Laidoner,_Johan, lk 61
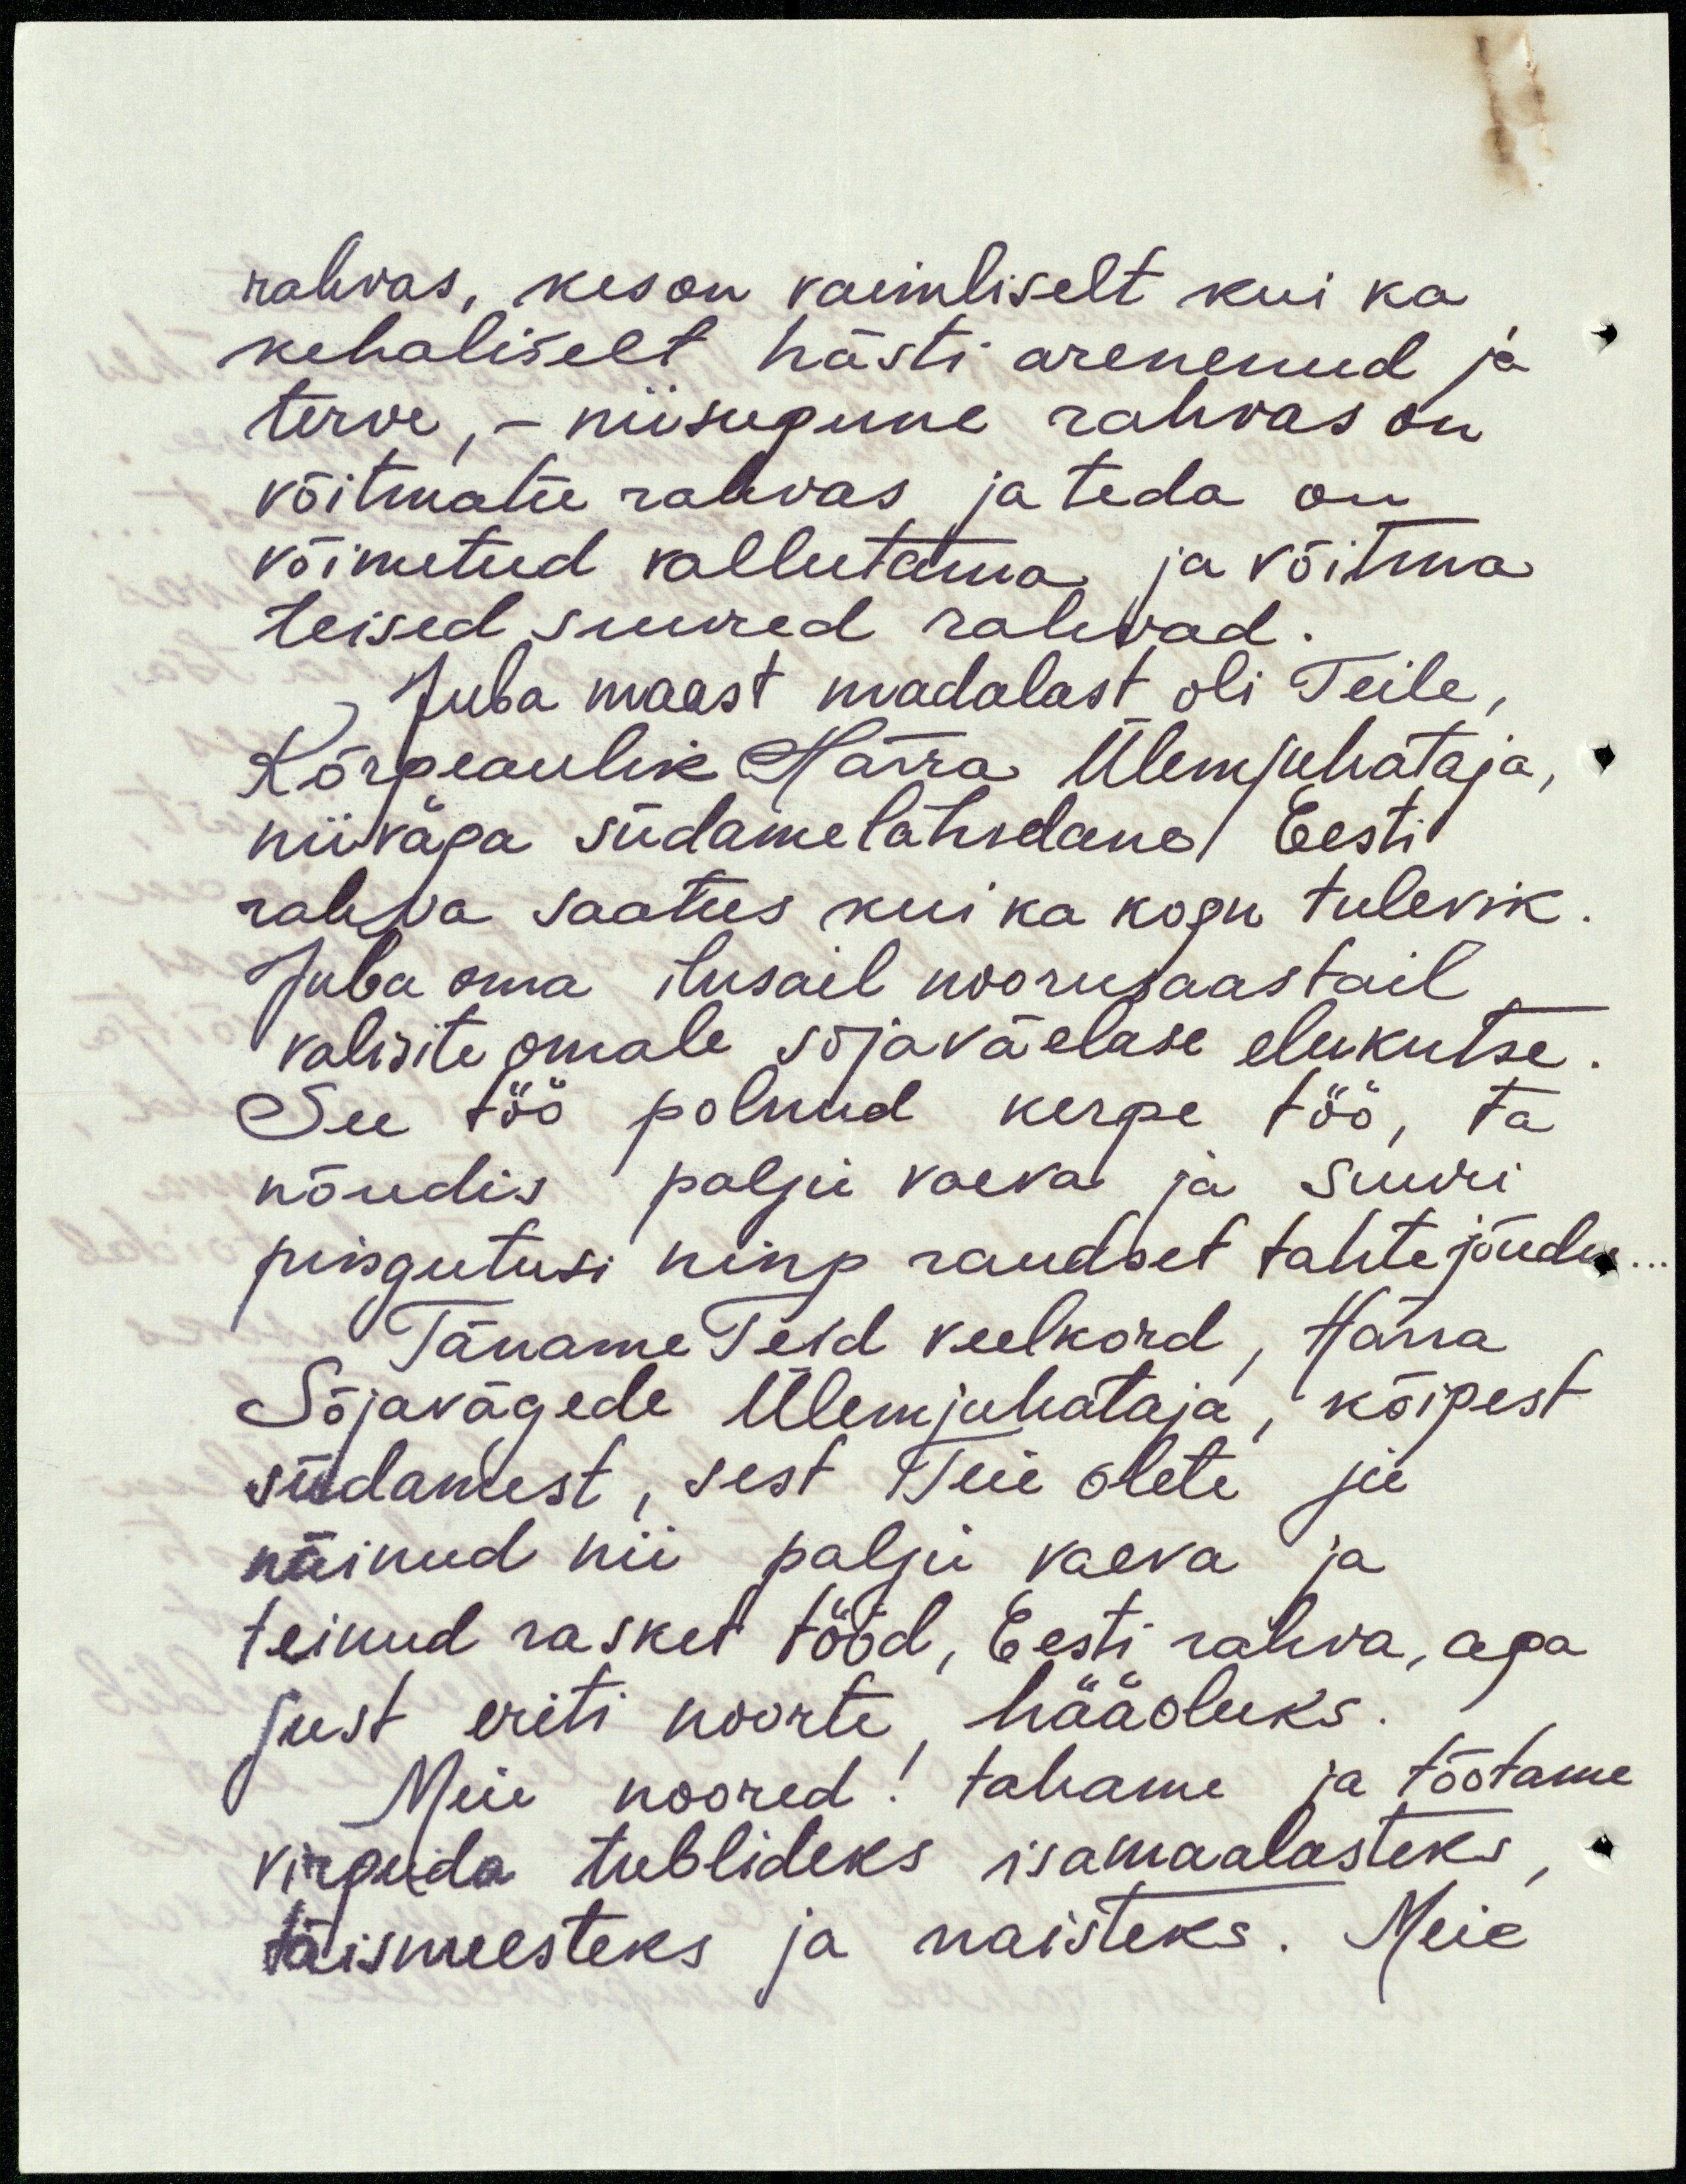
rahvas, kes on vaimliselt kui ka
kehaliselt hästi arenenud ja
terve, - niisugune rahvas on
võitmatu rahvas ja teda on
võimetud vallutama ja võitma
teised suured rahvad.
Juba maast madalast oli Teile,
Kõrgeaulik Härra Ülemjuhataja,
niiväga südame lähedane Eesti
rahva saatus kui ka kogu tulevik
Juba oma ilusail noorusaastail
valisite omale sõjaväelase elukutse.
See töö polnud kerge töör ta
nõudis palju vaeva ja Suuri
pingutusi ning raudset tahtejõudu
Täname Teid veelkord, Härra
Sõjavägede Ülemjuhataja, kõigest
südamest, sest Teie olete ju
näinud nii palju vaeva ja
teinud rasket tööd, Eesti rahva, aga
just eriti noorte hääoluks.
Meie noored! tahame ja tõotame
virguda tublideks isamaalasteks,
täismeesteks ja naisteks. Meie